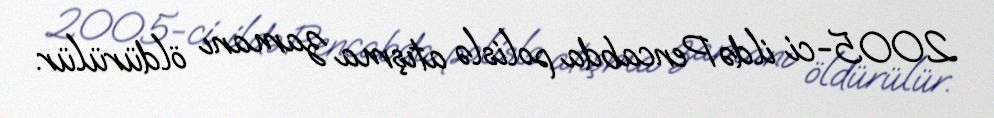
2005-ci ildə Pencabda polislə atışma zamanı öldürülür.